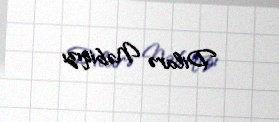
Dilarə Nəbiqızı